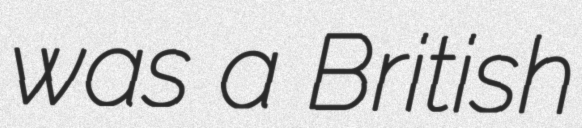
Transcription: was a British